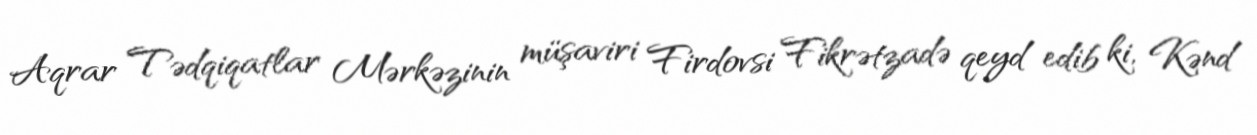
Aqrar Tədqiqatlar Mərkəzinin müşaviri Firdovsi Fikrətzadə qeyd edib ki, Kənd